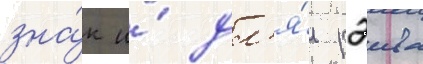
зна́к и́ дл'я́ рэива